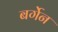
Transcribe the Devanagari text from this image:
बर्गेन